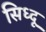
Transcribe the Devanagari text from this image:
सिध्दू